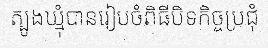
ត្បូងឃ្មុំបានរៀបចំពិធីបិទកិច្ចប្រជុំ